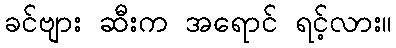
ခင်ဗျား ဆီးက အရောင် ရင့်လား။